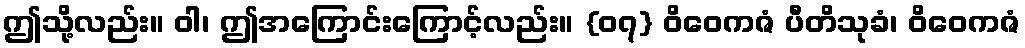
ဤသို့လည်း။ ဝါ၊ ဤအကြောင်းကြောင့်လည်း။ {၀၇} ဝိဝေကဇံ ပီတိသုခံ၊ ဝိဝေကဇံ